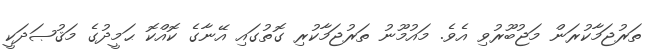
ތަރުޖަމާކުރަން މަޖުބޫރުވި އެވެ. މައުމޫނު ތަރުޖަމާކުރި ގޮތުގައި އޭނާގެ ކޮއްކޮ ޙަމީދުގެ މަޤުޞަދަކީ